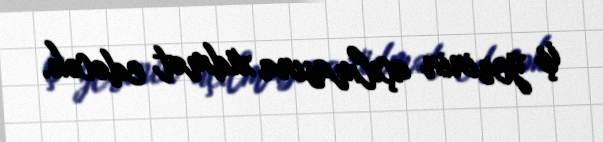
iş yerinin açılmasına xidmət edəcək.